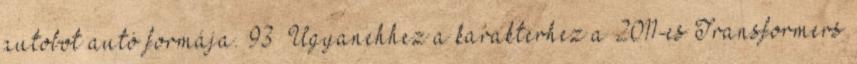
autobot autó formája. 93 Ugyanehhez a karakterhez a 2011-es Transformers